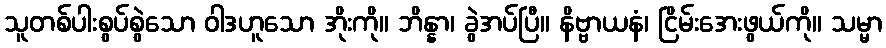
သူတစ်ပါးစွပ်စွဲသော ဝါဒဟူသော အိုးကို။ ဘိန္နာ၊ ခွဲအပ်ပြီ။ နိဗ္ဗာယနံ၊ ငြိမ်းအေးဖွယ်ကို။ သမ္မာ